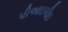
પીઆઇપીઇ